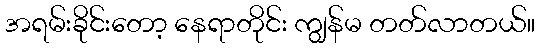
အရမ်းခိုင်းတော့ နေရာတိုင်း ကျွန်မ တတ်လာတယ်။